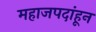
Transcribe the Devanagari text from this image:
महाजपदांहून